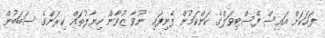
ފަހަކަށް އައިސް ފެސްޓިވަލްގެ ކަންކަމުން ފެނިފައި ނުވާ ޒުވާން ހިޔާލުތައް ކިރަންގެ ސަބަބުން